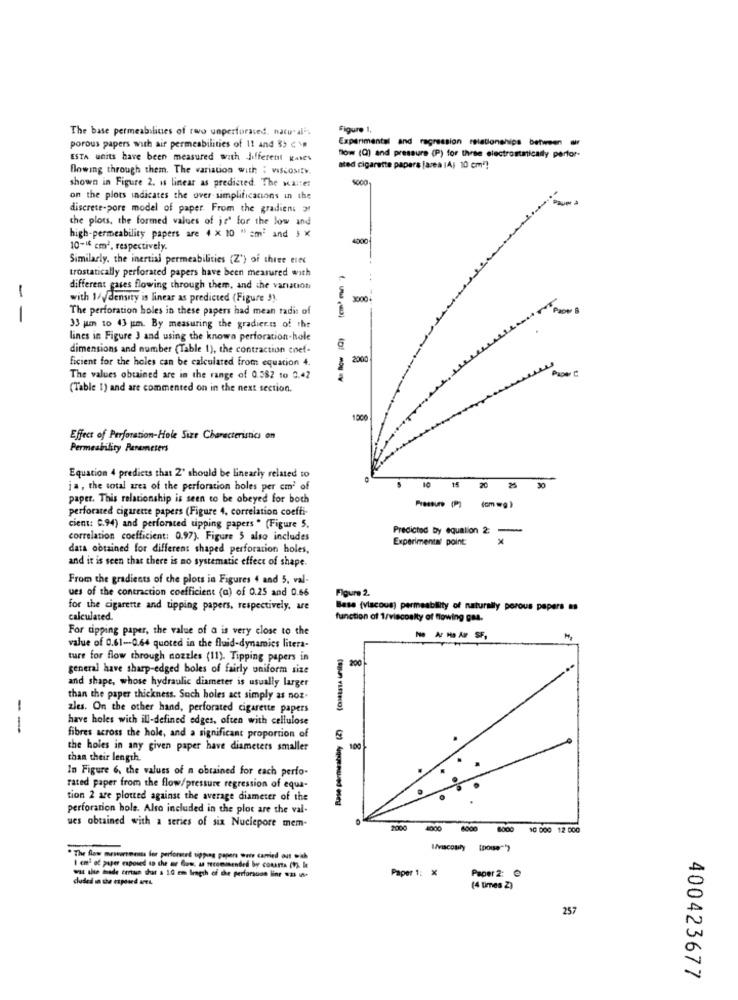
The base permeabilines of rwo unperforated, naturalis
Figure 1,
Experimental and regression relationships between air
porous papers with air permeabilities of 1! and $5 c \
ESTA units have been measured with different waves
flow (Q) and pressure (P) for three electrostaticady perfor-
flowing through them. The variation with ; viscosity.
ated cigarette papers [area IA; 10 cm7)
shown in Figure 2. is linear as predicted. The walter
4000
on the plots indicates the over simplificacions in the
discrete-pore model of paper. From the gradient 31
the plots, the formed values of je' for the low and
high-permeability papers are 4 x 10 " smi and J X
4000
10-16 cm2, respectively.
Similarly, the inertiai permeabilities (Z') of three eine
trostatically perforated papers have been measured with
1
different gases flowing through them, and the variation
with I/ydensity is linear as predicted (Figure 3)
3000
The perforation holes in these papers had mean radis of
-
33 juin to 43 pm. By measuring the gradier.is of the
lines in Figure 3 and using the known perforation-hole
As Row Q
dimensions and number (Table 1), the contraction coef-
ficient for the holes can be calculated from equation 4.
2000
The values obtained are in the range of 0.382 to 0.42
(Table 1) and are commented on in the next section.
Effect of Perforation-Hole Size Characteristics on
Equation 4 predicts that 2' should be linearly related to
15
ja, the total area of the perforation holes per cm' of
10
20
30
paper. This relationship is seen to be obeyed for both
Pressure (P)
perforated cigarette papers (Figure 4, correlation coeffi-
cient: 0.94) and perforsted tipping papers " (Figure 5.
Predicted by equation 2 -
correlation coefficient: 0.97). Figure 5 also includes
Experimental point:
data obtained for different shaped perforation holes,
and it is seen that there is no systematic effect of shape.
From the gradients of che plots in Figures 4 and 5. val-
ues of the contraction coefficient (a) of 0.25 and 0.66
Figure 2.
for the cigarette and tipping papers, respectively, are
Base (viscous) permeability of naturally porous papers =s
calculated.
function of 1/viscosity of flowing gas.
For tipping paper, the value of a is very close to the
No Ar Ho AI SF,
value of 0.61-0.64 quoted in the fluid-dynamics litera-
ture for flow through nozzles (11). Tipping papers in
200
general have sharp-edged boles of fairly uniform size
and shape, whose hydraulic diameter is usually larger
than the paper thickness. Such holes act simply as nos-
zles. On the other hand, perforated cigarette papers
have holes with ill-defined edges, often with cellulose
--
fibres across the hole, and a significant proportion of
the holes in any given paper have diameters smaller
100
than their length.
In Figure 6, the values of n obtained for each perfo-
rated paper from the flow/pressure regression of equa-
tion 2 are plotted against the average diameter of the
perforation hole. Also included in the plot are the val-
ues obtained with a series of six Nuclepore mem-
2000
4000 6000 8000
10 000 12 000
Wviscouly [pous""}
. The flow measurements for perforated tipping papers were carried out with
1 cm' of paper exposed ap the ar flow, as recommended by courts (1) I
Paper 1: X
- -- de er that : 10 em fragth of the perforsuse line - -
duded in the exposed aces
Paper 2: @
(4 times 2)
257
400423677